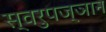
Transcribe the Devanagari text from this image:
स्वरुपज्ञान